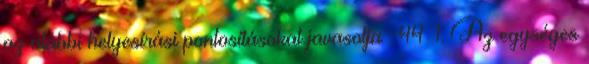
az alábbi helyesírási pontosításokat javasolja : 44 1. Az egységes